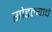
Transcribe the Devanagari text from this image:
सोडल्याचे